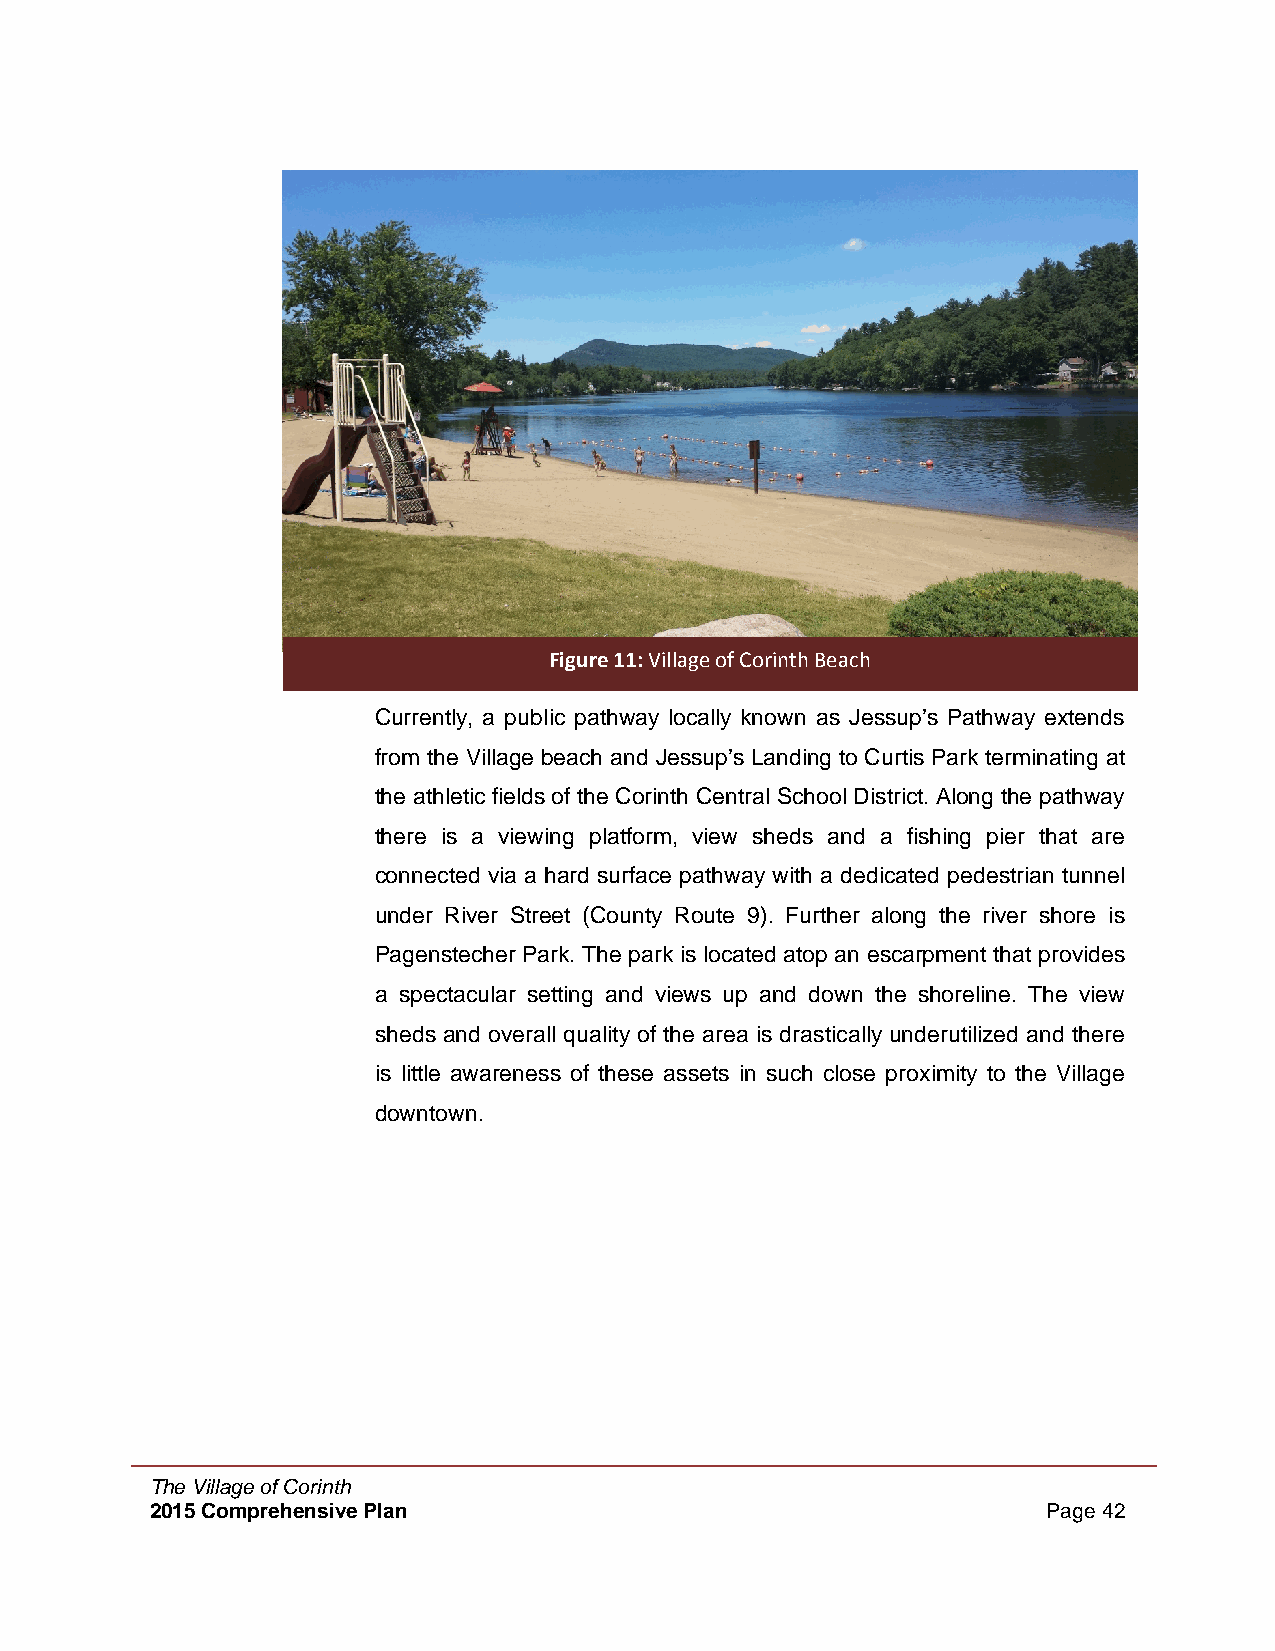
Figure 11: Village of Corinth Beach
 Currently, a public pathway locally known as Jessup’s Pathway extends
 from the Village beach and Jessup’s Landing to Curtis Park terminating at
 the athletic fields of the Corinth Central School District. Along the pathway
 there is a viewing platform, view sheds and a fishing pier that are
 connected via a hard surface pathway with a dedicated pedestrian tunnel
 under River Street (County Route 9). Further along the river shore is
 Pagenstecher Park. The park is located atop an escarpment that provides
 a spectacular setting and views up and down the shoreline. The view
 sheds and overall quality of the area is drastically underutilized and there
 is little awareness of these assets in such close proximity to the Village
 downtown.
 The Village of Corinth
 2015 Comprehensive Plan                                    Page 42